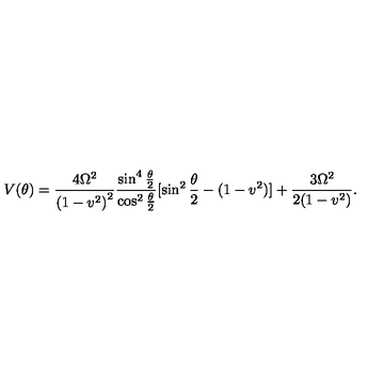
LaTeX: V ( \theta ) = \frac { 4 \Omega ^ { 2 } } { { ( 1 - v ^ { 2 } ) } ^ { 2 } } \frac { \sin ^ { 4 } \frac { \theta } { 2 } } { \cos ^ { 2 } \frac { \theta } { 2 } } [ \sin ^ { 2 } \frac { \theta } { 2 } - ( 1 - v ^ { 2 } ) ] + \frac { 3 \Omega ^ { 2 } } { 2 ( 1 - v ^ { 2 } ) } .